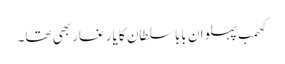
کھمب پہلوان بابا سلطان کا یار غار بھی تھا۔